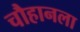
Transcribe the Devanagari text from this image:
चौहानला